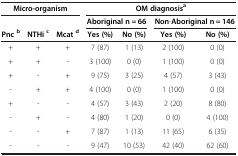
<table><thead><tr><td colspan="3"><b>Micro-organism</b></td><td colspan="4"><b>OM diagnosis<sup>a</sup></b></td></tr><tr><td><b> </b></td><td><b> </b></td><td><b> </b></td><td colspan="2"><b>Aboriginal n = 66</b></td><td colspan="2"><b>Non-Aboriginal n = 146</b></td></tr><tr><td><b>Pnc<sup>b</sup></b></td><td><b>NTHi<sup>c</sup></b></td><td><b>Mcat<sup>d</sup></b></td><td><b>Yes (%)</b></td><td><b>No (%)</b></td><td><b>Yes (%)</b></td><td><b>No (%)</b></td></tr></thead><tbody><tr><td>+</td><td>+</td><td>+</td><td>7 (87)</td><td>1 (13)</td><td>2 (100)</td><td>0 (0)</td></tr><tr><td>+</td><td>+</td><td>-</td><td>3 (100)</td><td>0 (0)</td><td>1 (100)</td><td>0 (0)</td></tr><tr><td>+</td><td>-</td><td>+</td><td>9 (75)</td><td>3 (25)</td><td>4 (57)</td><td>3 (43)</td></tr><tr><td>-</td><td>+</td><td>+</td><td>4 (100)</td><td>0 (0)</td><td>1 (100)</td><td>0 (0)</td></tr><tr><td>+</td><td>-</td><td>-</td><td>4 (57)</td><td>3 (43)</td><td>2 (20)</td><td>8 (80)</td></tr><tr><td>-</td><td>+</td><td>-</td><td>4 (80)</td><td>1 (20)</td><td>0 (0)</td><td>4 (100)</td></tr><tr><td>-</td><td>-</td><td>+</td><td>7 (87)</td><td>1 (13)</td><td>11 (65)</td><td>6 (35)</td></tr><tr><td>-</td><td>-</td><td>-</td><td>9 (47)</td><td>10 (53)</td><td>42 (40)</td><td>62 (60)</td></tr></tbody></table>